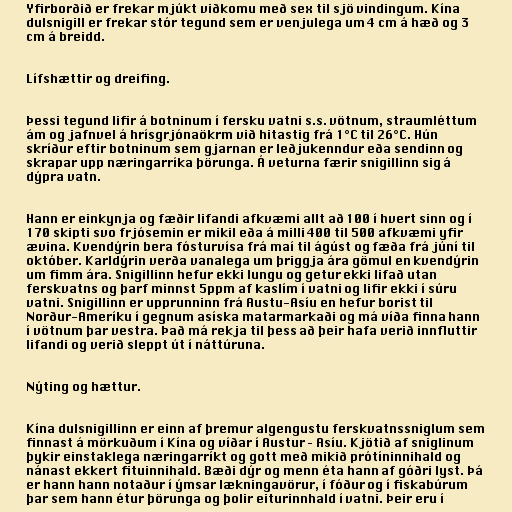
Yfirborðið er frekar mjúkt viðkomu með sex til sjö vindingum. Kína
dulsnigill er frekar stór tegund sem er venjulega um 4 cm á hæð og 3
cm á breidd.

Lífshættir og dreifing.

Þessi tegund lifir á botninum í fersku vatni s.s. vötnum, straumléttum
ám og jafnvel á hrísgrjónaökrm við hitastig frá 1°C til 26°C. Hún
skríður eftir botninum sem gjarnan er leðjukenndur eða sendinn og
skrapar upp næringarríka þörunga. Á veturna færir snigillinn sig á
dýpra vatn.

Hann er einkynja og fæðir lifandi afkvæmi allt að 100 í hvert sinn og í
170 skipti svo frjósemin er mikil eða á milli 400 til 500 afkvæmi yfir
ævina. Kvendýrin bera fósturvísa frá maí til ágúst og fæða frá júní til
október. Karldýrin verða vanalega um þriggja ára gömul en kvendýrin
um fimm ára. Snigillinn hefur ekki lungu og getur ekki lifað utan
ferskvatns og þarf minnst 5ppm af kaslím í vatni og lifir ekki í súru
vatni. Snigillinn er upprunninn frá Austu-Asíu en hefur borist til
Norður-Ameríku í gegnum asíska matarmarkaði og má víða finna hann
í vötnum þar vestra. Það má rekja til þess að þeir hafa verið innfluttir
lifandi og verið sleppt út í náttúruna.

Nýting og hættur.

Kína dulsnigillinn er einn af þremur algengustu ferskvatnssniglum sem
finnast á mörkuðum í Kína og víðar í Austur – Asíu. Kjötið af sniglinum
þykir einstaklega næringarríkt og gott með mikið prótíninnihald og
nánast ekkert fituinnihald. Bæði dýr og menn éta hann af góðri lyst. Þá
er hann hann notaður í ýmsar lækningavörur, í fóður og í fiskabúrum
þar sem hann étur þörunga og þolir eiturinnhald í vatni. Þeir eru í